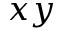
x y